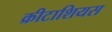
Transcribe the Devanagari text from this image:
क्रीटाशियस